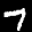
Label: 7